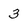
Character: 3